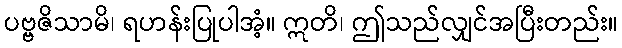
ပဗ္ဗဇိသာမိ၊ ရဟန်းပြုပါအံ့။ ဣတိ၊ ဤသည်လျှင်အပြီးတည်း။